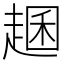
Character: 𧼐